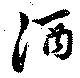
酒